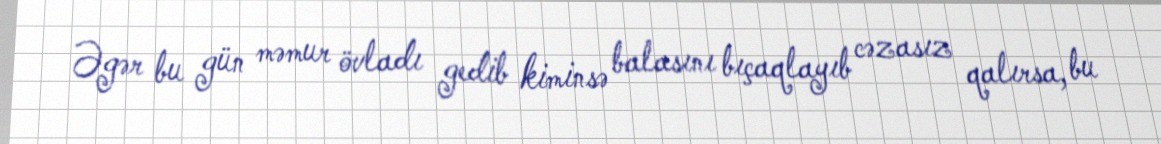
Əgər bu gün məmur övladı gedib kiminsə balasını bıçaqlayıb cəzasız qalırsa, bu